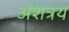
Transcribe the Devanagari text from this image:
अंशत्रय